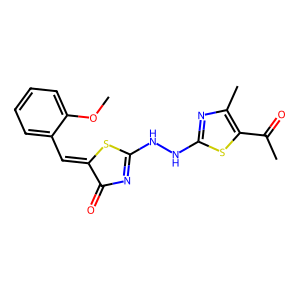
SMILES: COc1ccccc1C=C1SC(NNc2nc(C)c(C(C)=O)s2)=NC1=O
Inhibits HIV replication: No